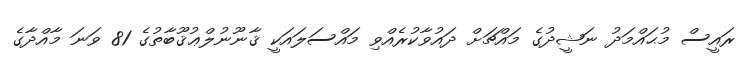
ރައީސް މުޙައްމަދު ނަޝީދުގެ މައްޗަށް ދައުވާކުރެއްވި މައްސަލައަކީ ޤާނޫނުލްޢުޤޫބާތުގެ 81 ވަނަ މާއްދާގެ